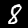
Digit: 8